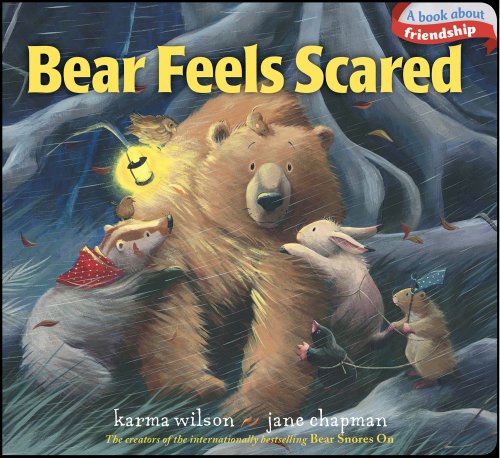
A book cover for Bear Feels Scared (The Bear Books); Karma Wilson; Children's Books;